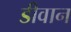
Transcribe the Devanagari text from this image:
डीवान